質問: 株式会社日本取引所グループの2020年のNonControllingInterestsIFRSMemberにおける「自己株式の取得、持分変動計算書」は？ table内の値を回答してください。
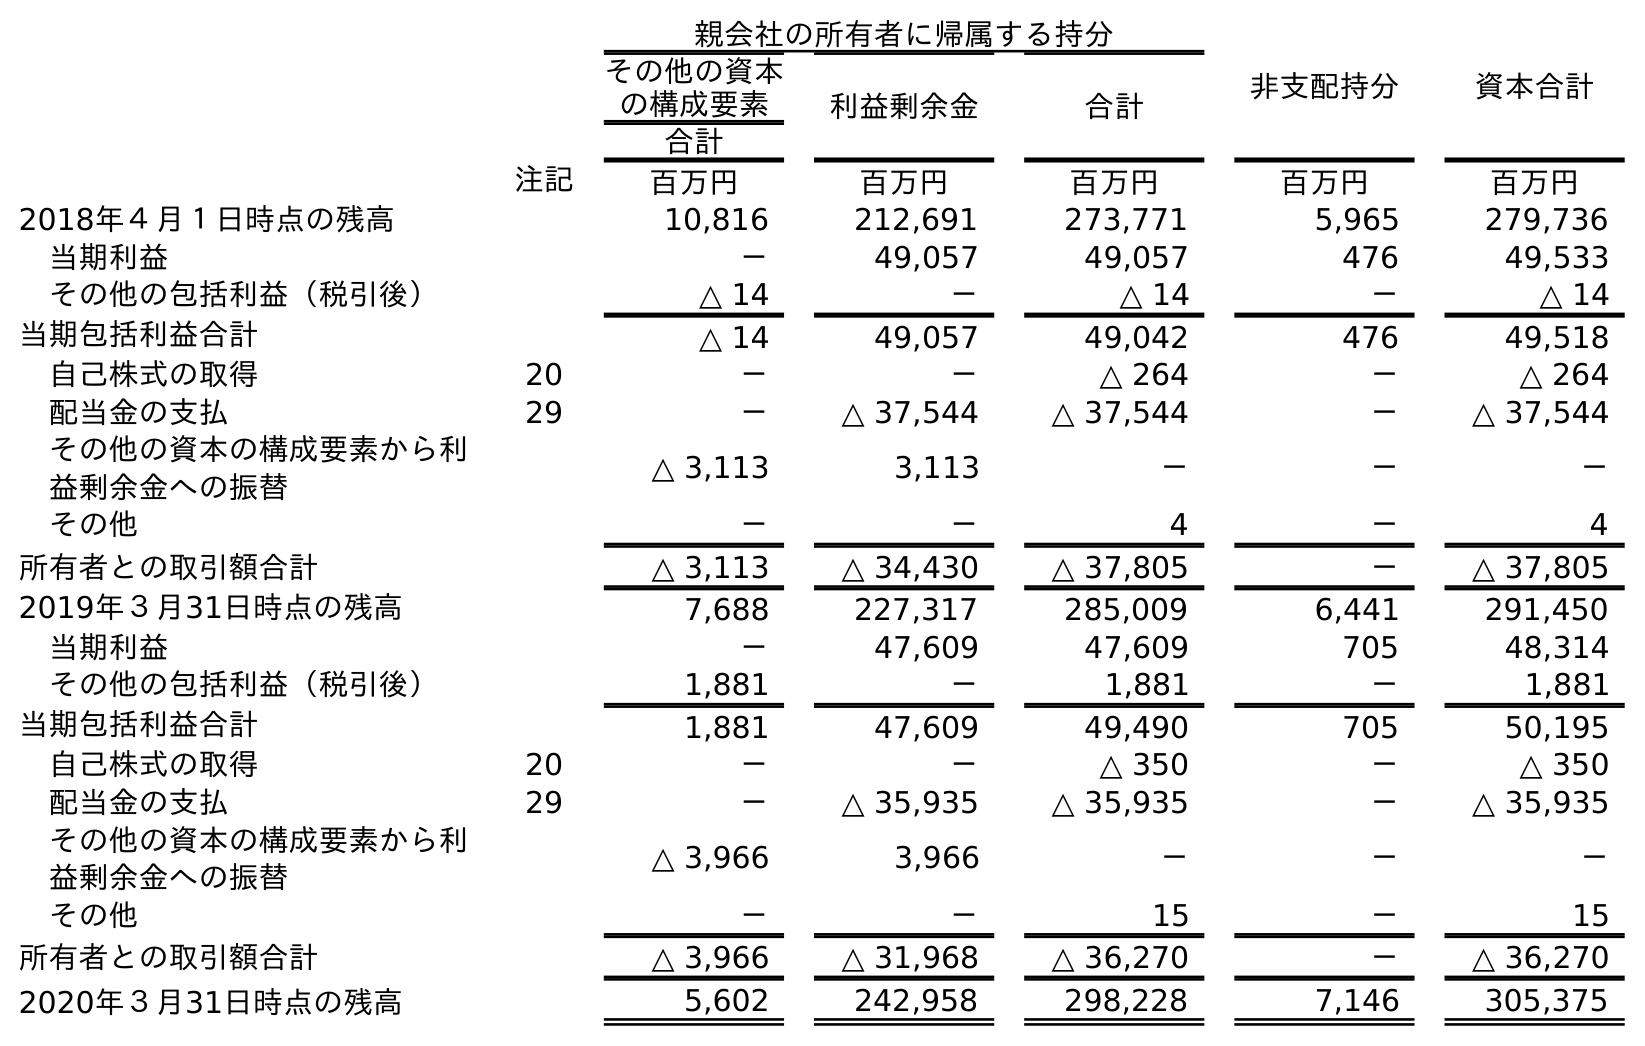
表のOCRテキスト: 親会社の所有者に帰属する持分 非支配持分 資本合計 その他の資本 の構成要素 利益剰余金 合計 合計 注記 百万円 百万円 百万円 百万円 百万円 2018年４月１日時点の残高 10,816 212,691 273,771 5,965 279,736 当期利益 － 49,057 49,057 476 49,533 その他の包括利益（税引後） △ 14 － △ 14 － △ 14 当期包括利益合計 △ 14 49,057 49,042 476 49,518 自己株式の取得 20 － － △ 264 － △ 264 配当金の支払 29 － △ 37,544 △ 37,544 － △ 37,544 その他の資本の構成要素から利 益剰余金への振替 △ 3,113 3,113 － － － その他 － － 4 － 4 所有者との取引額合計 △ 3,113 △ 34,430 △ 37,805 － △ 37,805 2019年３月31日時点の残高 7,688 227,317 285,009 6,441 291,450 当期利益 － 47,609 47,609 705 48,314 その他の包括利益（税引後） 1,881 － 1,881 － 1,881 当期包括利益合計 1,881 47,609 49,490 705 50,195 自己株式の取得 20 － － △ 350 － △ 350 配当金の支払 29 － △ 35,935 △ 35,935 － △ 35,935 その他の資本の構成要素から利 益剰余金への振替 △ 3,966 3,966 － － － その他 － － 15 － 15 所有者との取引額合計 △ 3,966 △ 31,968 △ 36,270 － △ 36,270 2020年３月31日時点の残高 5,602 242,958 298,228 7,146 305,375
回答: －